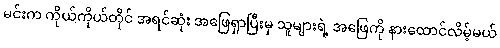
မင်းက ကိုယ်ကိုယ်တိုင် အရင်ဆုံး အဖြေရှာပြီးမှ သူများရဲ့ အဖြေကို နားထောင်လိမ့်မယ်